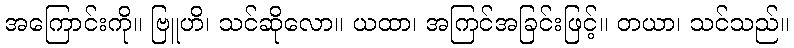
အကြောင်းကို။ ဗြူဟိ၊ သင်ဆိုလော။ ယထာ၊ အကြင်အခြင်းဖြင့်။ တယာ၊ သင်သည်။